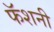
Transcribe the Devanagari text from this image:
फॅशनी